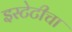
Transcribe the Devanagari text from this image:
इस्टेटीचा